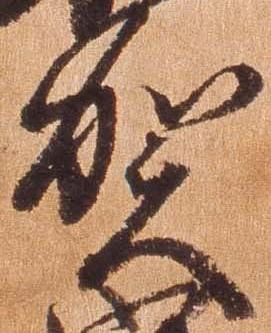
賀